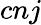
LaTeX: cnj